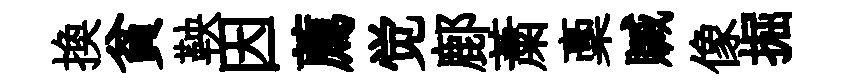
换貧鞅因薦觉鄜䔥稾贓像掘